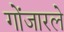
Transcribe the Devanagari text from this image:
गोंजारले